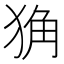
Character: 𤞴